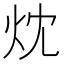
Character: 㶩